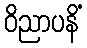
ဝိညာပနိံ